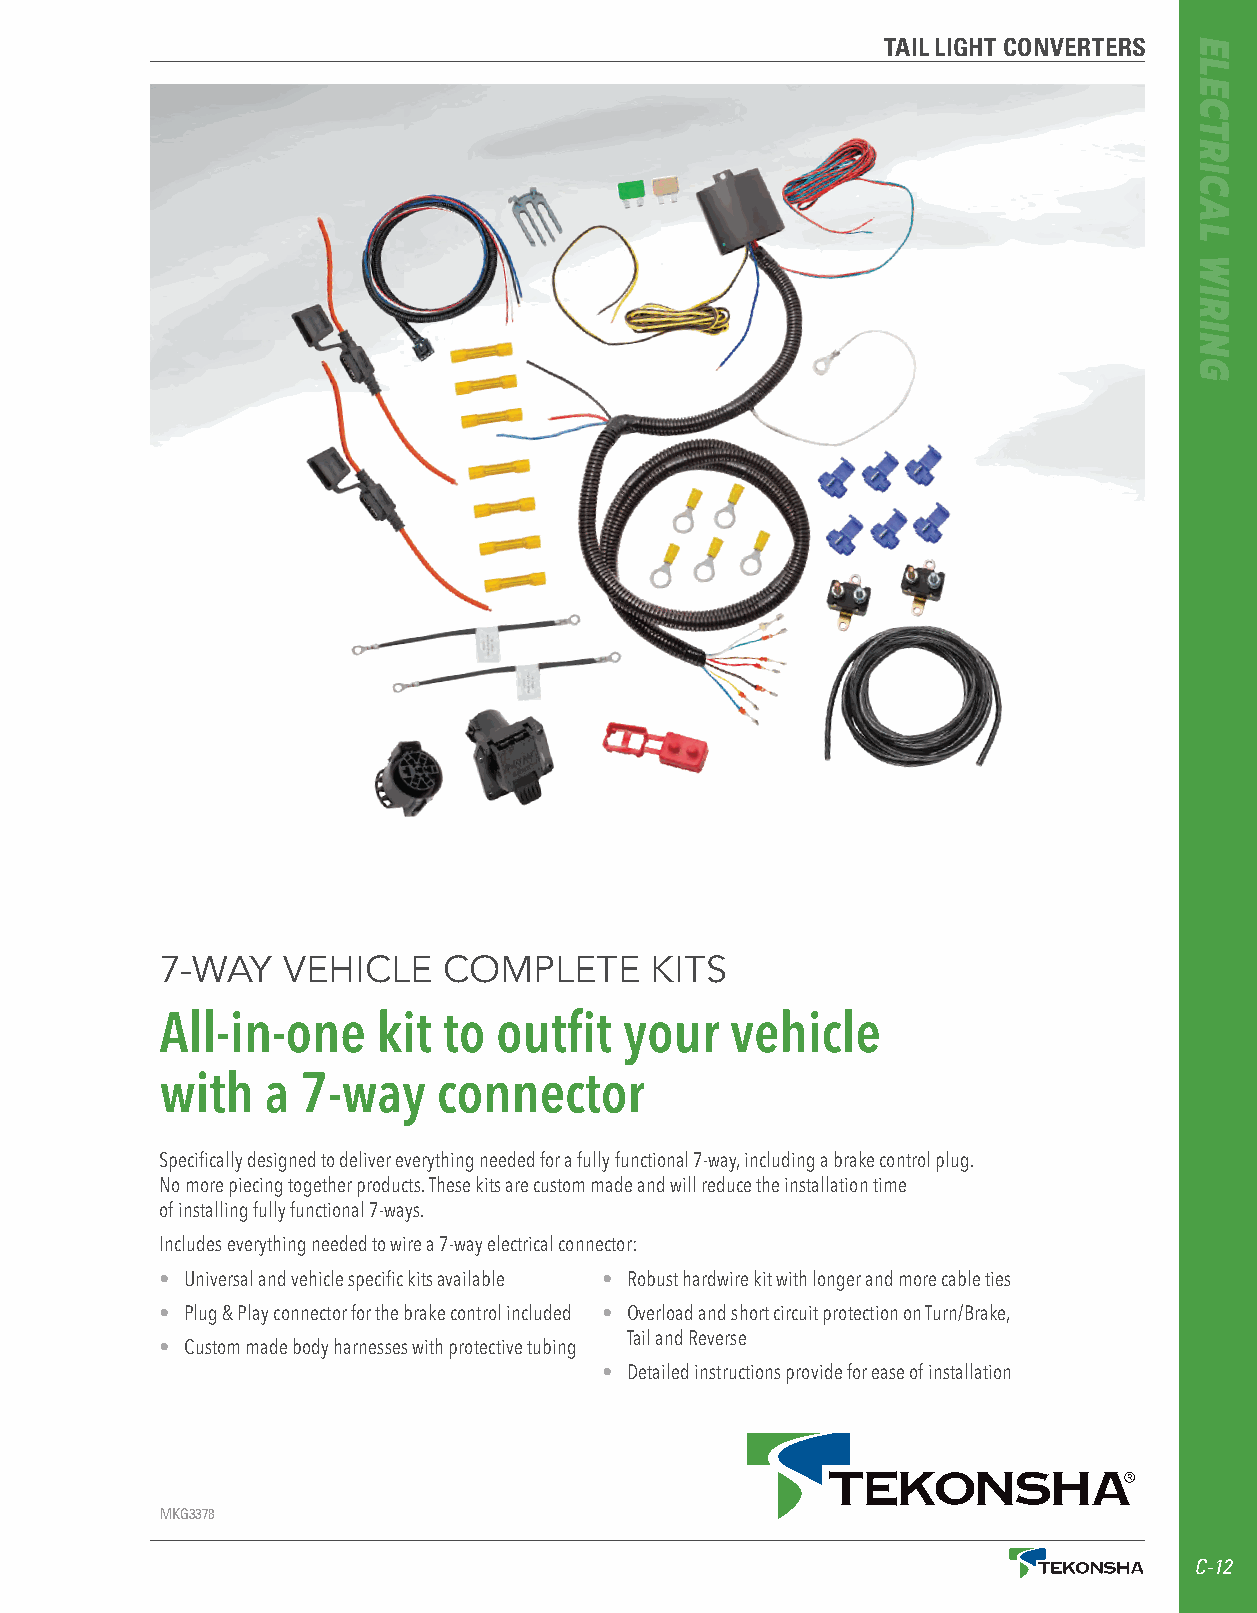
TAIL LIGHT CONVERTERS
 7-WAY   VEHICLE   COMPLETE      KITS
 All-in-one    kit to  outfit  your   vehicle
 with   a 7-way    connector
 Specifically designed to deliver everything needed for a fully functional 7-way, including a brake control plug.
 No more piecing together products. These kits are custom made and will reduce the installation time
 of installing fully functional 7-ways.
 Includes everything needed to wire a 7-way electrical connector:
 • Universal and vehicle specific kits available • Robust hardwire kit with longer and more cable ties
 • Plug & Play connector for the brake control included • Overload and short circuit protection on Turn/Brake,
 Tail and Reverse
 • Custom made body harnesses with protective tubing
 • Detailed instructions provide for ease of installation
 MKG3378
 C-12
 ELECTRICAL
 WIRING